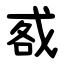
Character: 㦴